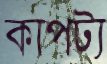
কাপট্য